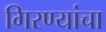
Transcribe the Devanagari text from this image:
गिरण्यांचा